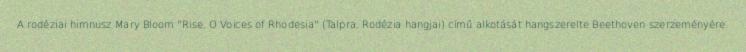
A rodéziai himnusz Mary Bloom "Rise, O Voices of Rhodesia" (Talpra, Rodézia hangjai) című alkotását hangszerelte Beethoven szerzeményére.